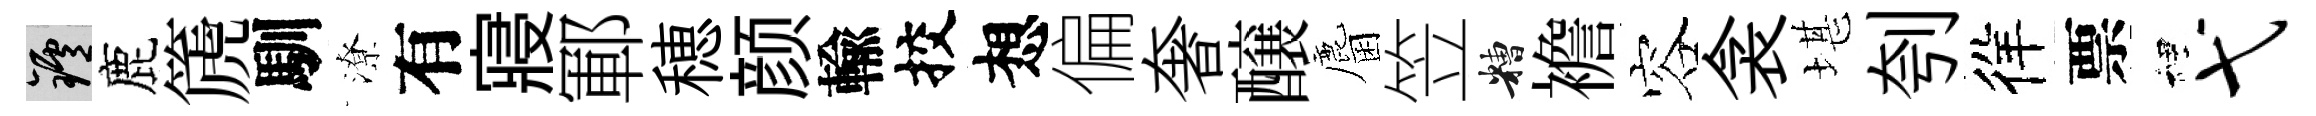
爐鹿篪馴潦有寢鄆穂颜輸挍想偏奢醸麕笠糟襜容衾堪刳徉票裡弋